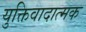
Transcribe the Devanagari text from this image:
युक्तिवादात्मक